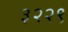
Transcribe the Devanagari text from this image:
३२२९